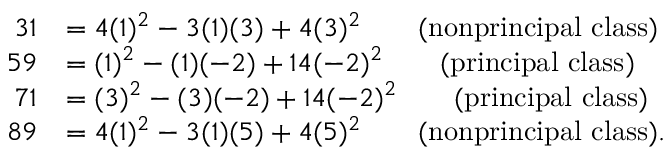
\begin{array} { r l } { 3 1 } & { = 4 ( 1 ) ^ { 2 } - 3 ( 1 ) ( 3 ) + 4 ( 3 ) ^ { 2 } \qquad \mathrm { ( n o n p r i n c i p a l \ c l a s s ) } } \\ { 5 9 } & { = ( 1 ) ^ { 2 } - ( 1 ) ( - 2 ) + 1 4 ( - 2 ) ^ { 2 } \qquad \mathrm { ( p r i n c i p a l \ c l a s s ) } } \\ { 7 1 } & { = ( 3 ) ^ { 2 } - ( 3 ) ( - 2 ) + 1 4 ( - 2 ) ^ { 2 } \qquad \mathrm { ( p r i n c i p a l \ c l a s s ) } } \\ { 8 9 } & { = 4 ( 1 ) ^ { 2 } - 3 ( 1 ) ( 5 ) + 4 ( 5 ) ^ { 2 } \qquad \mathrm { ( n o n p r i n c i p a l \ c l a s s ) } . } \end{array}